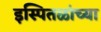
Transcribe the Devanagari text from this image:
इस्पितळांच्या